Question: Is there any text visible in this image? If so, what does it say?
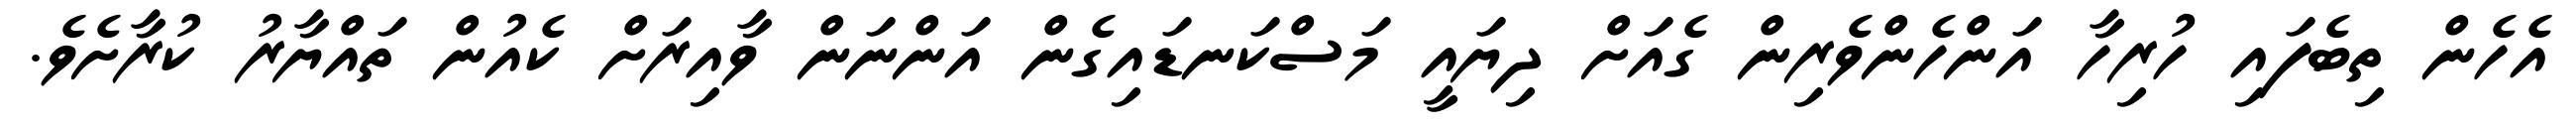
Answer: އެހެން ތިބެފައި ހުރިހާ އަންހެންވެރިން ގެއަށް ދިޔައީ މަސްކަނޑައިގެން އަންނަން ވާއިރަށް ކެއުން ތައްޔާރު ކުރާށެވެ.